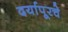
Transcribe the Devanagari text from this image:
दर्यापूरचे